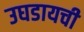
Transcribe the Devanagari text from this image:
उघडायची